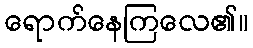
ရောက်နေကြလေ၏။